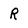
Character: R